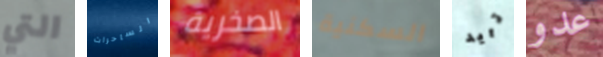
التي الساحرات الصخرية السكنية تريد عدو